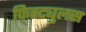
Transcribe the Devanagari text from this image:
फिस्ट्युलस